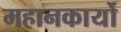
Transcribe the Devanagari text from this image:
महानकार्यो